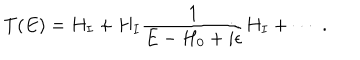
T ( E ) = H _ { I } + H _ { I } \frac { 1 } { E - H _ { 0 } + i \epsilon } H _ { I } + \cdots \; .